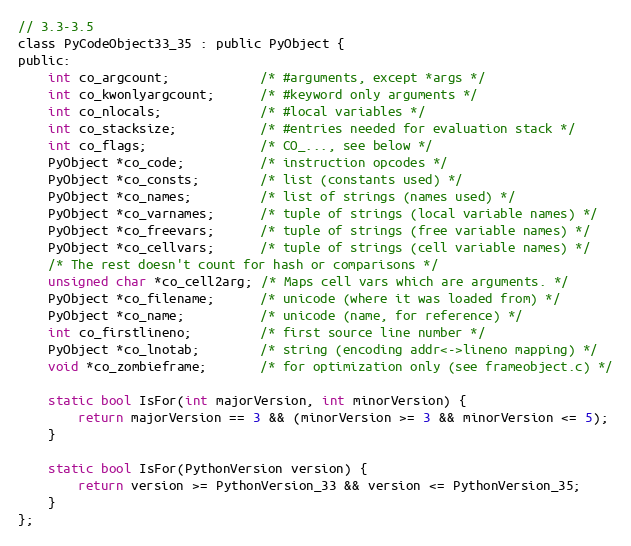
Language: C
// 3.3-3.5
class PyCodeObject33_35 : public PyObject {
public:
    int co_argcount;            /* #arguments, except *args */
    int co_kwonlyargcount;      /* #keyword only arguments */
    int co_nlocals;             /* #local variables */
    int co_stacksize;           /* #entries needed for evaluation stack */
    int co_flags;               /* CO_..., see below */
    PyObject *co_code;          /* instruction opcodes */
    PyObject *co_consts;        /* list (constants used) */
    PyObject *co_names;         /* list of strings (names used) */
    PyObject *co_varnames;      /* tuple of strings (local variable names) */
    PyObject *co_freevars;      /* tuple of strings (free variable names) */
    PyObject *co_cellvars;      /* tuple of strings (cell variable names) */
    /* The rest doesn't count for hash or comparisons */
    unsigned char *co_cell2arg; /* Maps cell vars which are arguments. */
    PyObject *co_filename;      /* unicode (where it was loaded from) */
    PyObject *co_name;          /* unicode (name, for reference) */
    int co_firstlineno;         /* first source line number */
    PyObject *co_lnotab;        /* string (encoding addr<->lineno mapping) */
    void *co_zombieframe;       /* for optimization only (see frameobject.c) */

    static bool IsFor(int majorVersion, int minorVersion) {
        return majorVersion == 3 && (minorVersion >= 3 && minorVersion <= 5);
    }

    static bool IsFor(PythonVersion version) {
        return version >= PythonVersion_33 && version <= PythonVersion_35;
    }
};